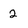
Character: 2